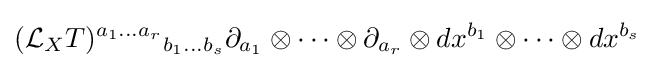
({\mathcal {L}}_{X}T)^{a_{1}\ldots a_{r}}{}_{b_{1}\ldots b_{s}}\partial _{a_{1}}\otimes \cdots \otimes \partial _{a_{r}}\otimes dx^{b_{1}}\otimes \cdots \otimes dx^{b_{s}}